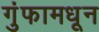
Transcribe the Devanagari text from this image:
गुंफामधून